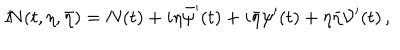
{ I \! \! N } ( t , \eta , \bar { \eta } ) = N ( t ) + i \eta \bar { \psi } ^ { \prime } ( t ) + i \bar { \eta } \psi ^ { \prime } ( t ) + \eta \bar { \eta } { \cal V } ^ { \prime } ( t ) \, ,